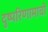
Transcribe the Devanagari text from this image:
दुष्परिणामाची